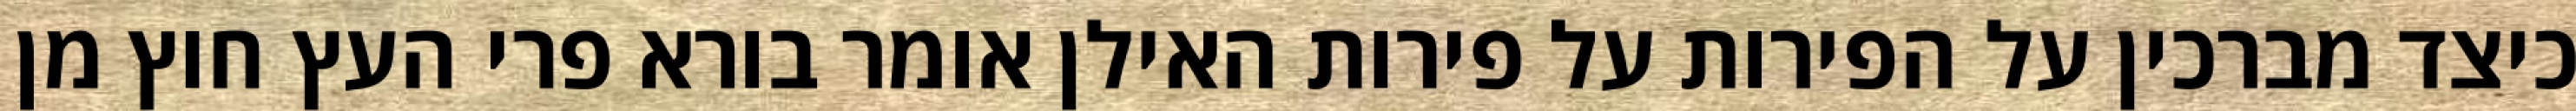
כיצד מברכין על הפירות על פירות האילן אומר בורא פרי העץ חוץ מן